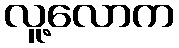
လူ့လောက